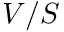
V / S